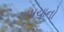
અપચાનો